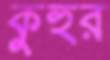
কুহুর